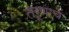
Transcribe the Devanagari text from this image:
तरूणाचे